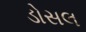
ડોસલ